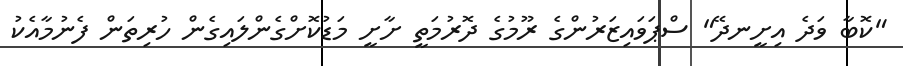
"ކޮބާ ވަދެ އިށީނދޭ" ސްޕަވައިޒަރުންގެ ރޫމުގެ ދޮރުމަތީ ށާށީ މަޑުކޮށްގެންލައިގެން ހުރިތަން ފެނުމާއެކު